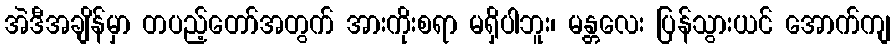
အဲဒီအချိန်မှာ တပည့်တော်အတွက် အားကိုးစရာ မရှိပါဘူး၊ မန္တလေး ပြန်သွားယင် အောက်ကျ